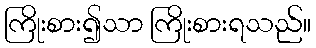
ကြိုးစား၍သာ ကြိုးစားရသည်။